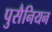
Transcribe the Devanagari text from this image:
पुसैनियन